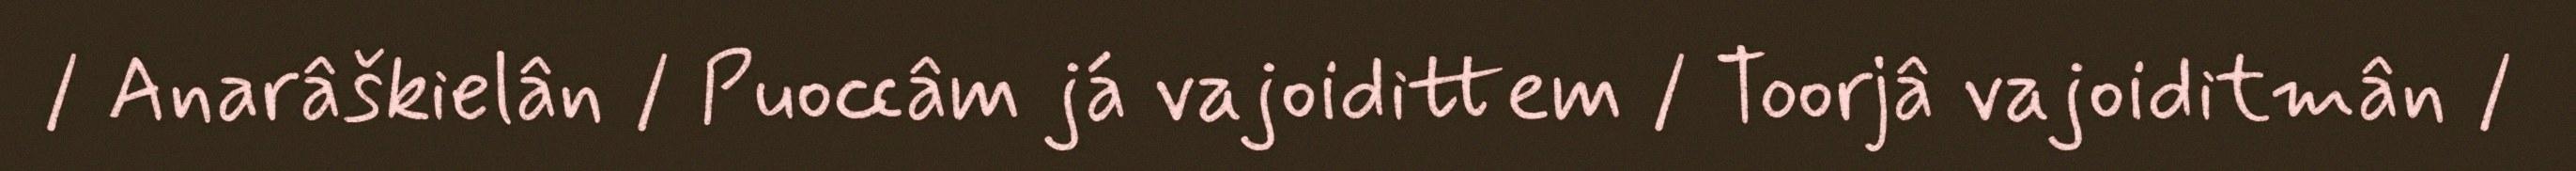
/ Anarâškielân / Puoccâm já vajoidittem / Toorjâ vajoiditmân /